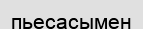
пьесасымен